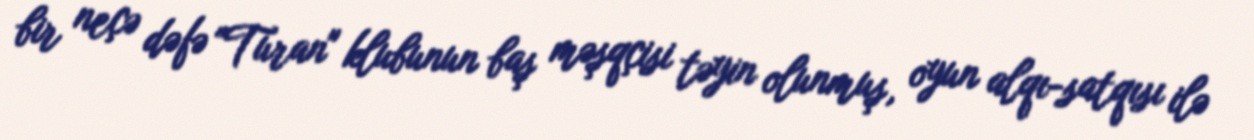
bir neçə dəfə "Turan" klubunun baş məşqçisi təyin olunmuş, oyun alqı-satqısı ilə